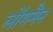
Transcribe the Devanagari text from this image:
लोंगमैन